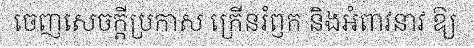
ចេញសេចក្តីប្រកាស ក្រើនរំឭក និងអំពាវនាវ ឱ្យ